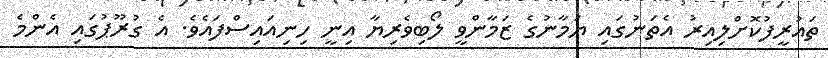
ތައުރީފުކޮށްލިއިރު އެތަނުގައި ޔަމާނުގެ ޒަމާންވީ ލޯބިވެރިޔާ އިނީ ހިނިއައިސްފައެވެ. އެ ގުރޫޕުގައި އެންމެ